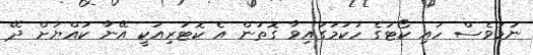
ނަމަވެސް ހައި ކޯޓުގެ ހުކުމުގައިވާ ގޮތުން އެ ކޮޓަރިއަކީ އޭނާ ކުއްޔަށް ދޭ